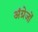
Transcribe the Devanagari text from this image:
अंग्रेजोंं